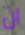
ان